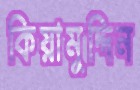
কিয়ামুদ্দিন